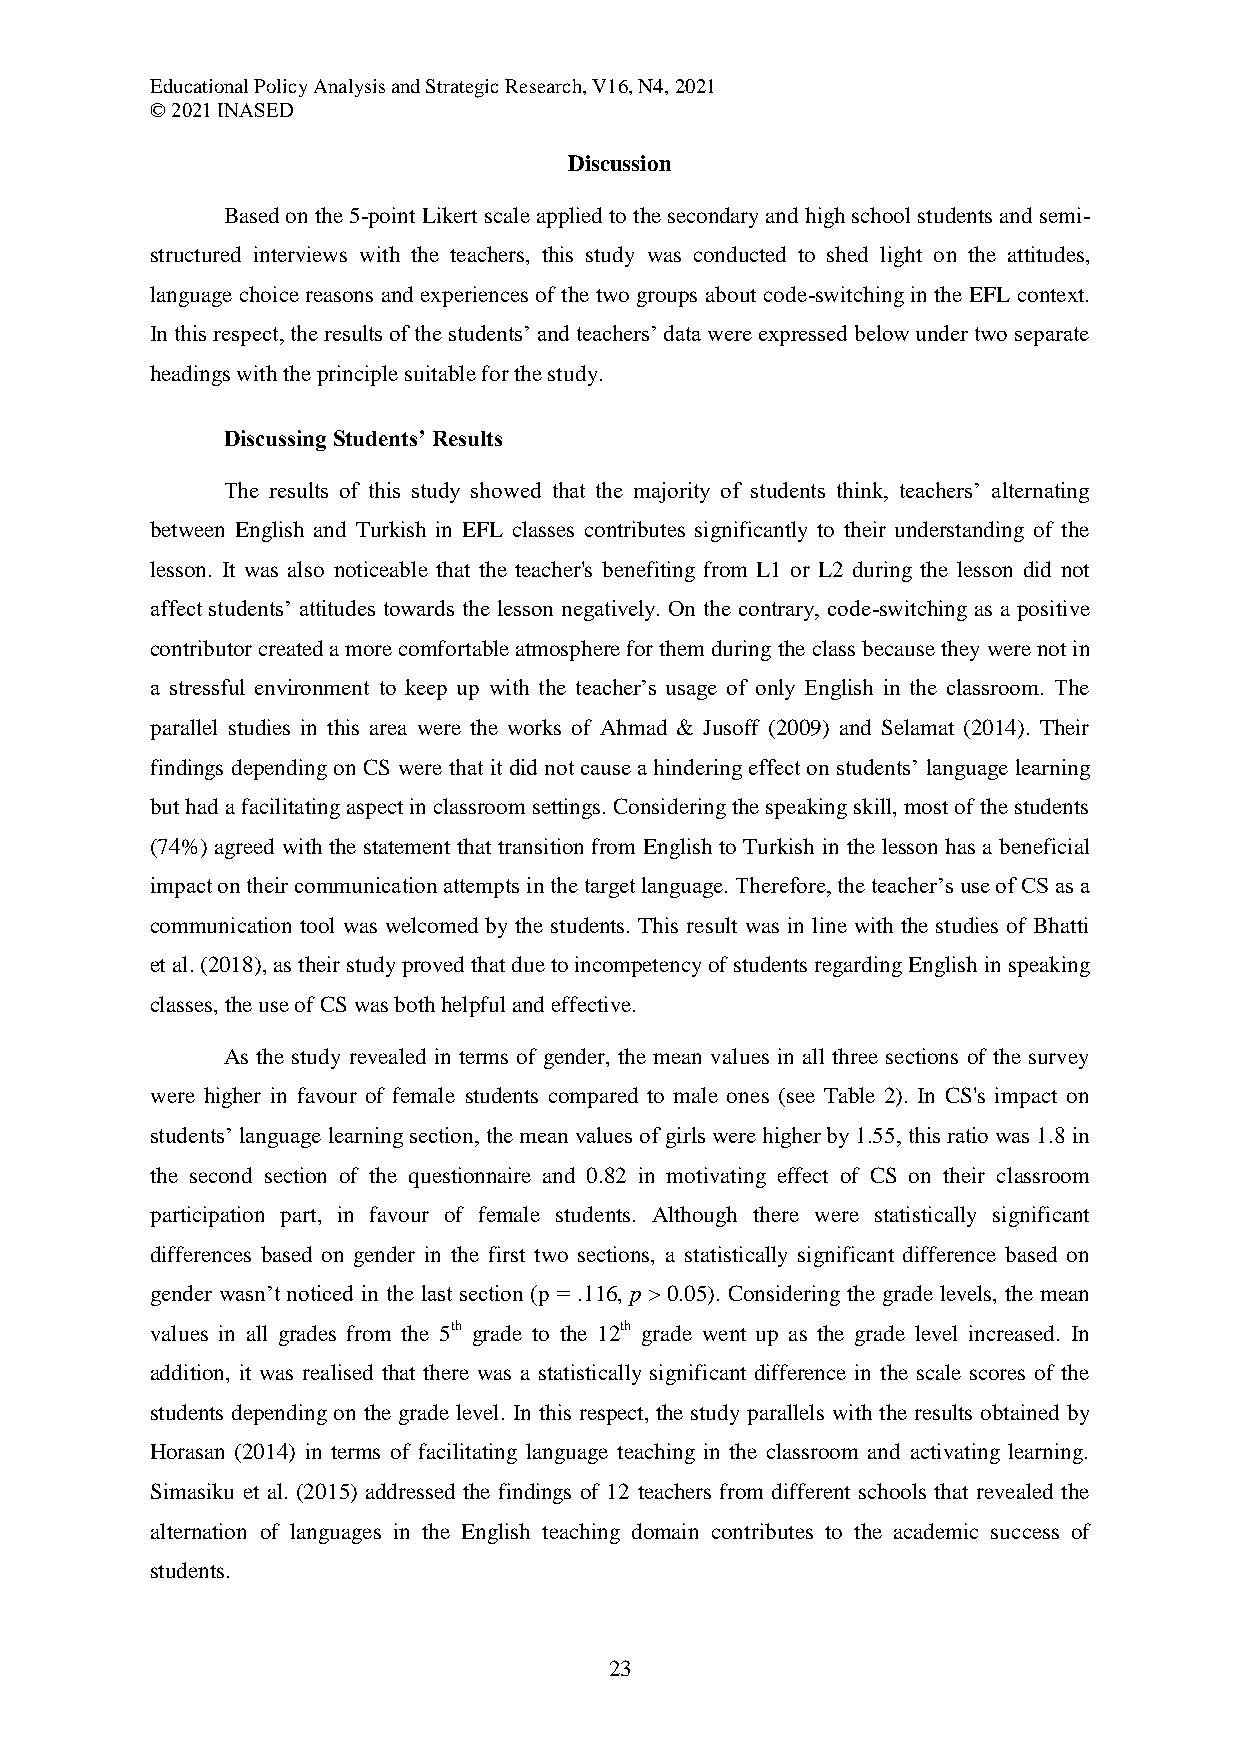
Educational Policy Analysis and Strategic Research, V16, N4, 2021
 © 2021 INASED
 Discussion
 Based on the 5-point Likert scale applied to the secondary and high school students and semi-
 structured interviews with the teachers, this study was conducted to shed light on the attitudes,
 language choice reasons and experiences of the two groups about code-switching in the EFL context.
 In this respect, the results of the students’ and teachers’ data were expressed below under two separate
 headings with the principle suitable for the study.
 Discussing Students’ Results
 The results of this study showed that the majority of students think, teachers’ alternating
 between English and Turkish in EFL classes contributes significantly to their understanding of the
 lesson. It was also noticeable that the teacher's benefiting from L1 or L2 during the lesson did not
 affect students’ attitudes towards the lesson negatively. On the contrary, code-switching as a positive
 contributor created a more comfortable atmosphere for them during the class because they were not in
 a stressful environment to keep up with the teacher’s usage of only English in the classroom. The
 parallel studies in this area were the works of Ahmad & Jusoff (2009) and Selamat (2014). Their
 findings depending on CS were that it did not cause a hindering effect on students’ language learning
 but had a facilitating aspect in classroom settings. Considering the speaking skill, most of the students
 (74%) agreed with the statement that transition from English to Turkish in the lesson has a beneficial
 impact on their communication attempts in the target language. Therefore, the teacher’s use of CS as a
 communication tool was welcomed by the students. This result was in line with the studies of Bhatti
 et al. (2018), as their study proved that due to incompetency of students regarding English in speaking
 classes, the use of CS was both helpful and effective.
 As the study revealed in terms of gender, the mean values in all three sections of the survey
 were higher in favour of female students compared to male ones (see Table 2). In CS's impact on
 students’ language learning section, the mean values of girls were higher by 1.55, this ratio was 1.8 in
 the second section of the questionnaire and 0.82 in motivating effect of CS on their classroom
 participation part, in favour of female students. Although there were statistically significant
 differences based on gender in the first two sections, a statistically significant difference based on
 gender wasn’t noticed in the last section (p = .116, p > 0.05). Considering the grade levels, the mean
 values in all grades from the 5th grade to the 12th grade went up as the grade level increased. In
 addition, it was realised that there was a statistically significant difference in the scale scores of the
 students depending on the grade level. In this respect, the study parallels with the results obtained by
 Horasan (2014) in terms of facilitating language teaching in the classroom and activating learning.
 Simasiku et al. (2015) addressed the findings of 12 teachers from different schools that revealed the
 alternation of languages in the English teaching domain contributes to the academic success of
 students.
 23